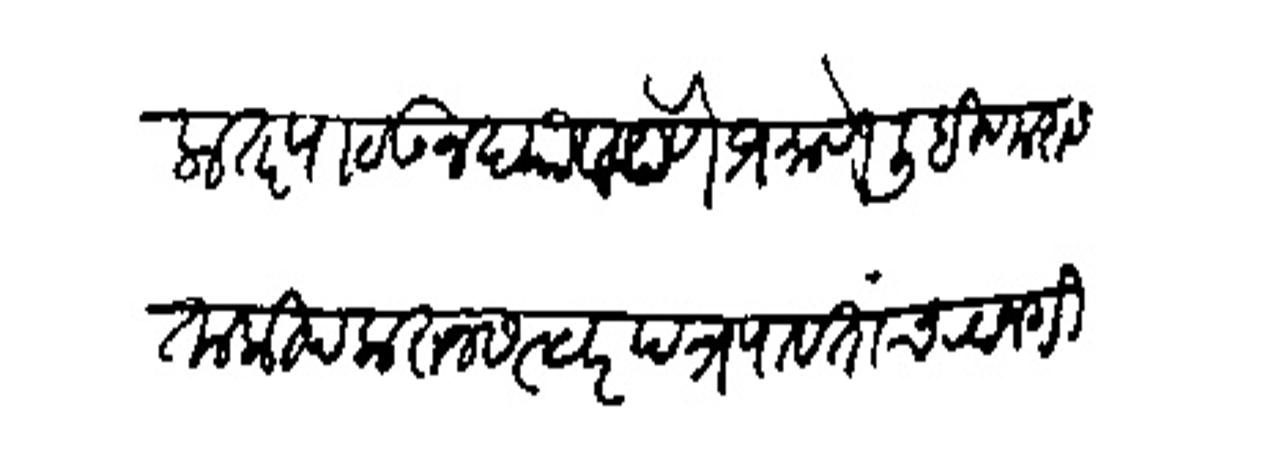
Transliteration (Devanagari): असिला तर पाठऊल चावा येणे प्रमाणे लिहिणारास ताकीय करन सत्वर पत्र पावतांच रवानगी